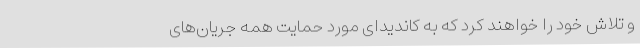
و تلاش خود را خواهند کرد که به کاندیدای مورد حمایت همه جریان‌های